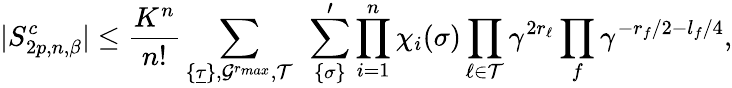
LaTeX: |S_{2p,n,\beta}^{c}|\le{\frac{K^{n}}{n!}}\sum_{\{ \underline{\tau}\} ,{\cal G}^{r_{max}},{\cal T}}\ \sum_{\{ {\sigma}\} }^{\prime}\prod_{i=1}^{n}\chi_{i}({\sigma})\prod_{\ell\in{\cal T}}\gamma^{2r_{\ell}}\prod_{f}\gamma^{-r_{f}/2-l_{f}/4},